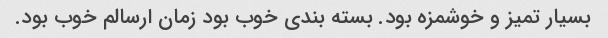
بسیار تمیز و خوشمزه بود. بسته بندی خوب بود زمان ارسالم خوب بود.